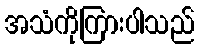
အသံကိုကြားပါသည်